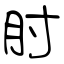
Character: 肘